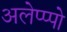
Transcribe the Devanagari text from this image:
अलेप्प्पो